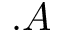
. A